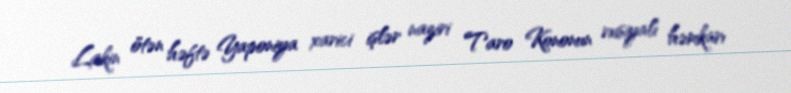
Lakin ötən həftə Yaponiya xarici işlər naziri Taro Kononun rusiyalı həmkarı